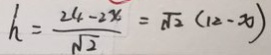
h = \frac { 2 4 - 2 x } { \sqrt { 2 } } = \sqrt { 2 } ( 1 2 - x )